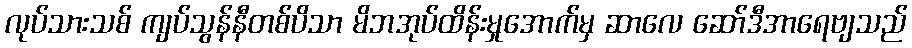
လုပ်သားသစ် ကျပ်သွန်နီတစ်ပိသာ မိဘအုပ်ထိန်းမှုအောက်မှ ဆာလေ ဆော်ဒီအာရေဗျသည်